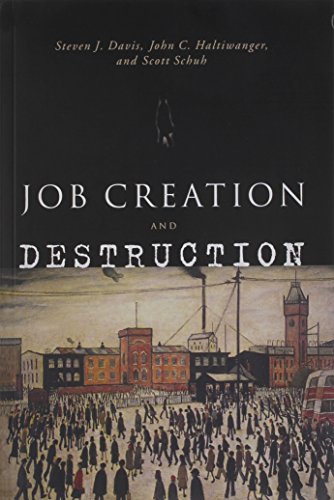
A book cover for Job Creation and Destruction; Steven J. Davis; Business & Money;